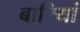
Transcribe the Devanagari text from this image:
बारियां